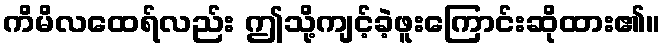
ကိမိလထေရ်လည်း ဤသို့ကျင့်ခဲ့ဖူးကြောင်းဆိုထား၏။